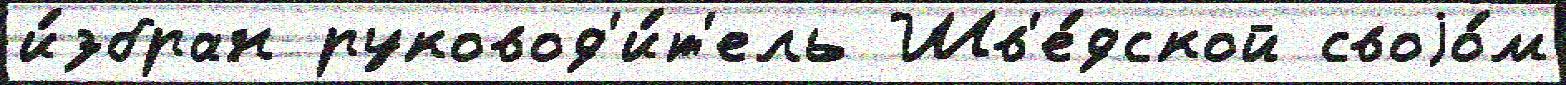
и́збран руковод'и́т'ель Шв'е́дской своjо́м